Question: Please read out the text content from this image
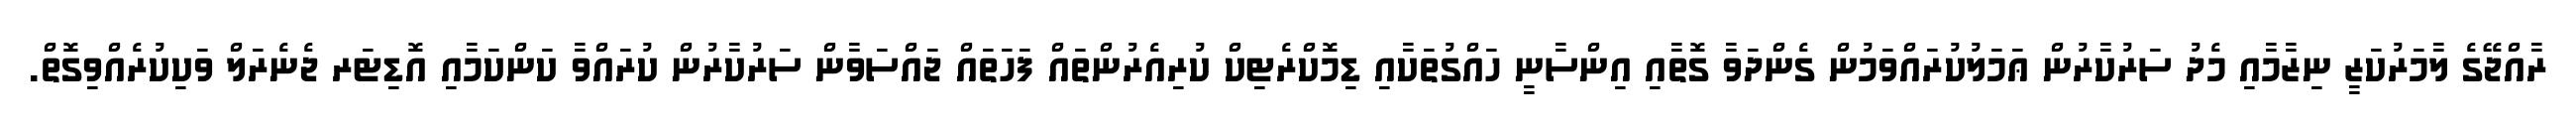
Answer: ރާއްޖޭގެ ލާމަރުކަޒީ ނިޒާމާއި މެދު ސަރުކާރުން ޢަމަލުކުރައްވަމުން ގެންދަވާ ގޮތާއި އިންސާނީ ހައްގުތަކާއި ޑިމޮކްރެޓިކް ކުރިއެރުންތައް ފަހަތައް ޖައްސަވާން ސަރުކާރުން ކުރައްވާ ކަންކަމާއި އޮޑިޓަރ ޖެނެރަލް ވަކިކުރެއްވިގޮތް.